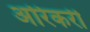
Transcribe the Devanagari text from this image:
अरिकरी